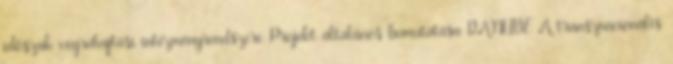
időszak végrehajtási intézményrendszere Projekt általános bemutatása DANUBE A transznacionális